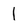
Character: l